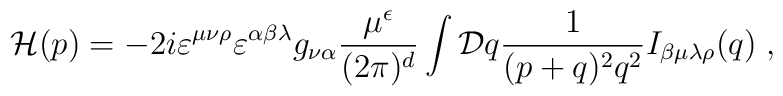
{\cal H} (p) =-2i\varepsilon^{\mu\nu\rho}\varepsilon^{\alpha\beta\lambda}g_{\nu\alpha}\frac{\mu^\epsilon}{(2\pi)^d}\int {\cal D}q \frac{1}{(p+q)^2 q^2} I_{\beta\mu\lambda\rho}(q)\; ,